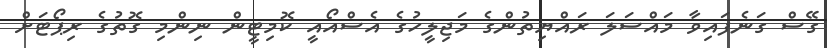
ގޭސް ގަނެފައިވާ މައްސަލަ ރައްޔިތުންގެ މަޖިލީހުގެ އެސްއޯއީ ކޮމިޓީން ނިންމި ގޮތުގެ ރިޕޯޓަށް